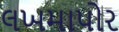
લખમાપોર